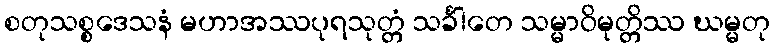
စတုသစ္စဒေသနံ မဟာအဿပုရသုတ္တံ သင်္ခါတေ သမ္မာဝိမုတ္တိဿ ဃမ္မတု